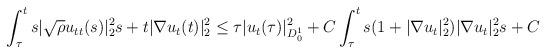
LaTeX: \begin{align*}&\int_{\tau}^{t}s|\sqrt{\rho}u_{tt}(s)|^2_2s+t|\nabla u_t(t)|^2_{2}\leq \tau | u_t(\tau)|^2_{D^1_0}+C\int_{\tau}^{t}s(1+|\nabla u_t|^2_2)|\nabla u_t|^2_{2}s+C\end{align*}